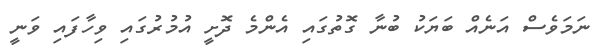
ނަމަވެސްް އަނެއް ބަޔަކު ބުނާ ގޮތުގައި އެންމެ ދޮށީ އުމުުރުގައި ވިހާފައި ވަނީ